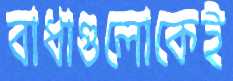
বাধাগুলোকেই